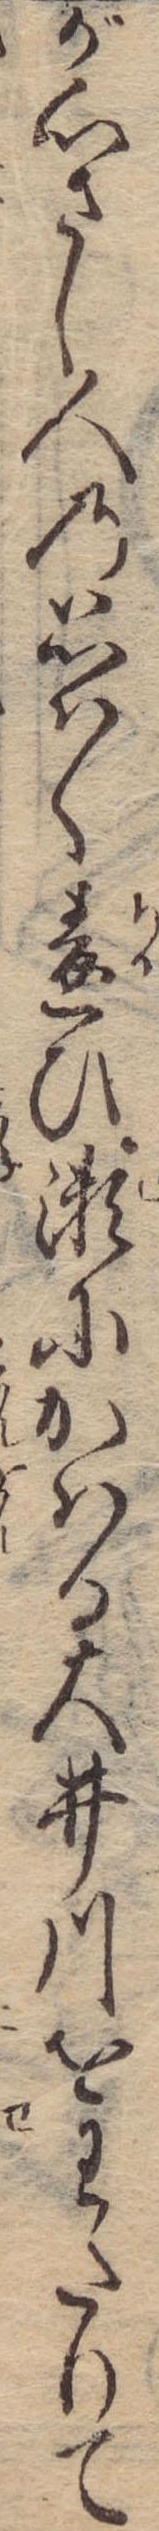
が心さし人の思はく違ひ瀬にかはる大井川をわたりて